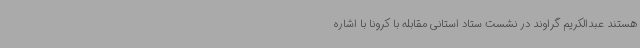
هستند عبدالکریم گراوند در نشست ستاد استانی مقابله با کرونا با اشاره